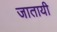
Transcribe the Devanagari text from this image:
जातायी